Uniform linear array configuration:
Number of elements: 12
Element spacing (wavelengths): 0.25
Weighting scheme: blackman
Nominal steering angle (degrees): -45
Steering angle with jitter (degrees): -43.263
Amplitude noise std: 0.05
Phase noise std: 0.05

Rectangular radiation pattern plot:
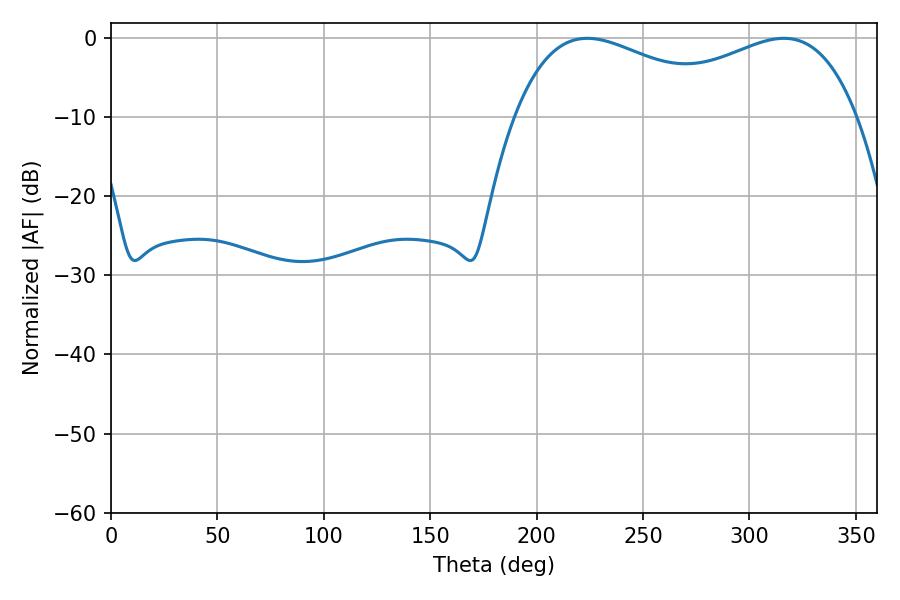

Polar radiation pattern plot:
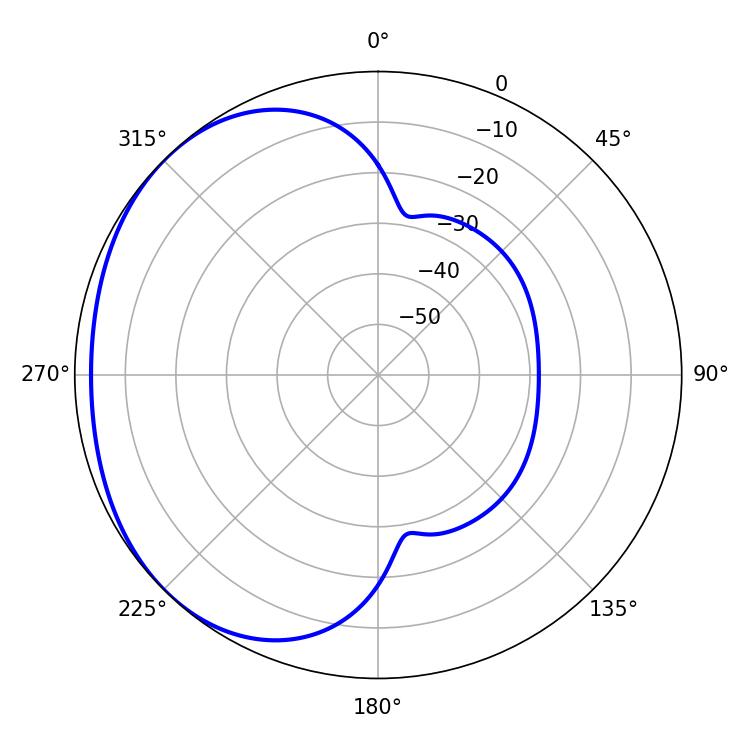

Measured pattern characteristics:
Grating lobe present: FALSE
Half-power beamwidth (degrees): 58.5
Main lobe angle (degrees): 223.74